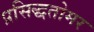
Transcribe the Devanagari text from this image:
प्रसिद्धतोमर